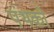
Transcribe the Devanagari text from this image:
पंथको